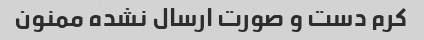
کرم دست و صورت ارسال نشده ممنون